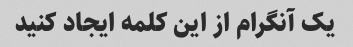
یک آنگرام از این کلمه ایجاد کنید